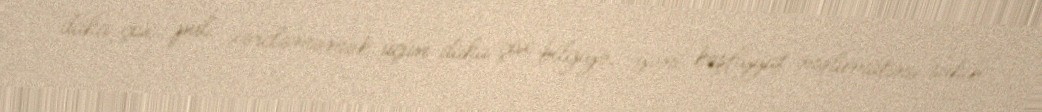
daha çox pul xərcləməmək üçün daha çox bilgiyə, yəni kəşfiyyat məlumatına sahib